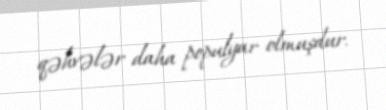
qəhvələr daha populyar olmuşdur.